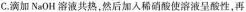
C.滴加NaOH溶液共热。然后加入稀硝酸使溶液呈酸性，再